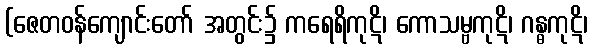
(ဇေတဝန်ကျောင်းတော် အတွင်း၌ ကရေရိကုဋိ၊ ကောသမ္ဗကုဋိ၊ ဂန္ဓကုဋိ၊